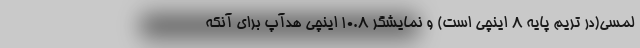
لمسی(در تریم پایه 8 اینچی است) و نمایشگر 10.8 اینچی هدآپ برای آنکه